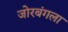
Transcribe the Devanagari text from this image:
जोरबंगला